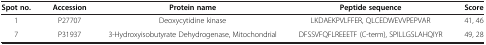
<table><thead><tr><td><b>Spot no.</b></td><td><b>Accession</b></td><td><b>Protein name</b></td><td><b>Peptide sequence</b></td><td><b>Score</b></td></tr></thead><tbody><tr><td>1</td><td>P27707</td><td>Deoxycytidine kinase</td><td>LKDAEKPVLFFER, QLCEDWEVVPEPVAR</td><td>41, 46</td></tr><tr><td>7</td><td>P31937</td><td>3-Hydroxyisobutyrate Dehydrogenase, Mitochondrial</td><td>DFSSVFQFLREEETF (C-term), SPILLGSLAHQIYR</td><td>49, 28</td></tr></tbody></table>